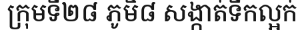
ក្រុមទី២៨ ភូមិ៨ សង្កាត់ទឹកល្អក់